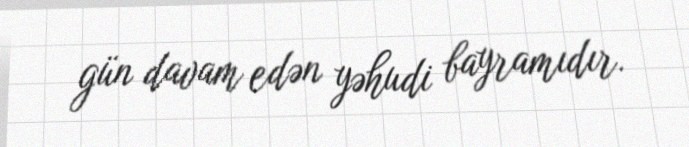
gün davam edən yəhudi bayramıdır.